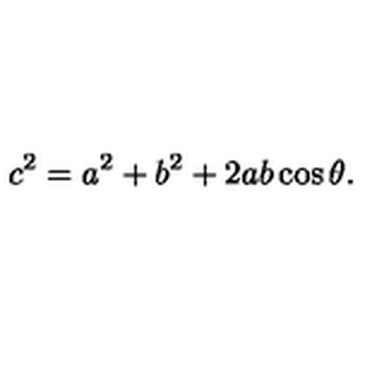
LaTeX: c ^ { 2 } = a ^ { 2 } + b ^ { 2 } + 2 a b \cos \theta .